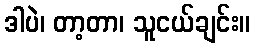
ဒါပဲ၊ တာ့တာ၊ သူငယ်ချင်း။